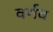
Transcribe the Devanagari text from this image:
वर्णव